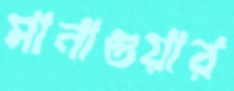
মানাগুয়ার